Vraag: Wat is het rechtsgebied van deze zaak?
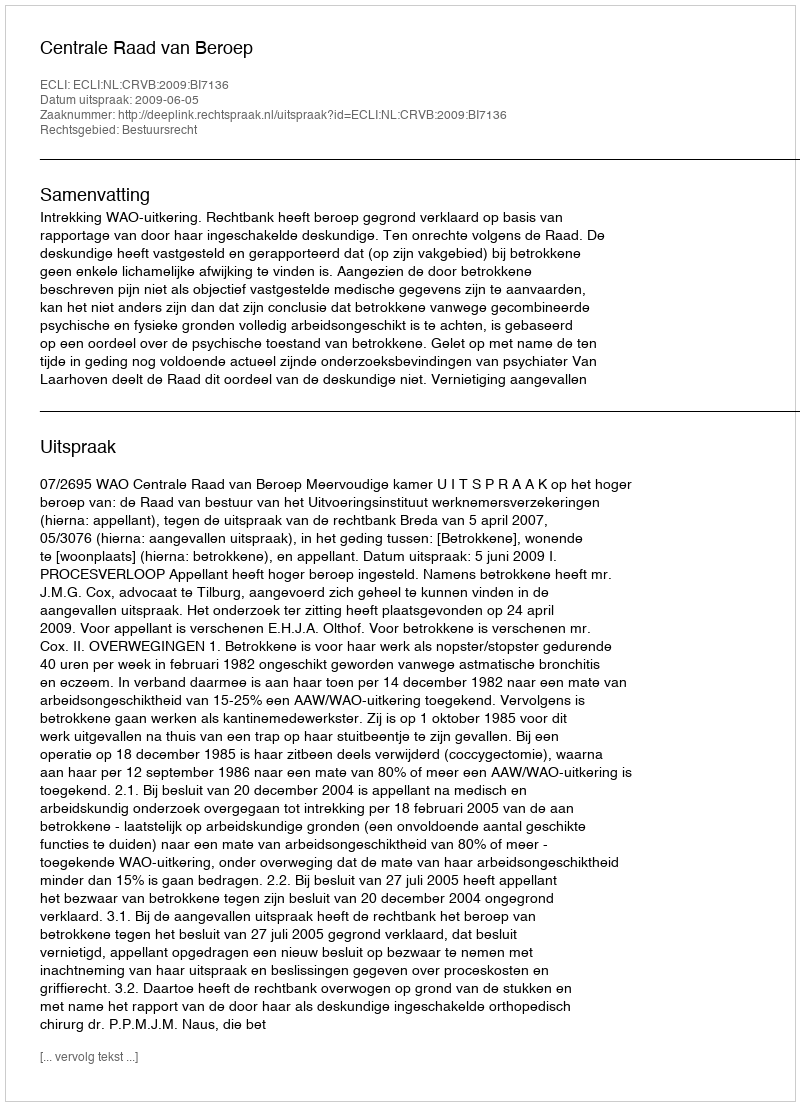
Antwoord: Bestuursrecht